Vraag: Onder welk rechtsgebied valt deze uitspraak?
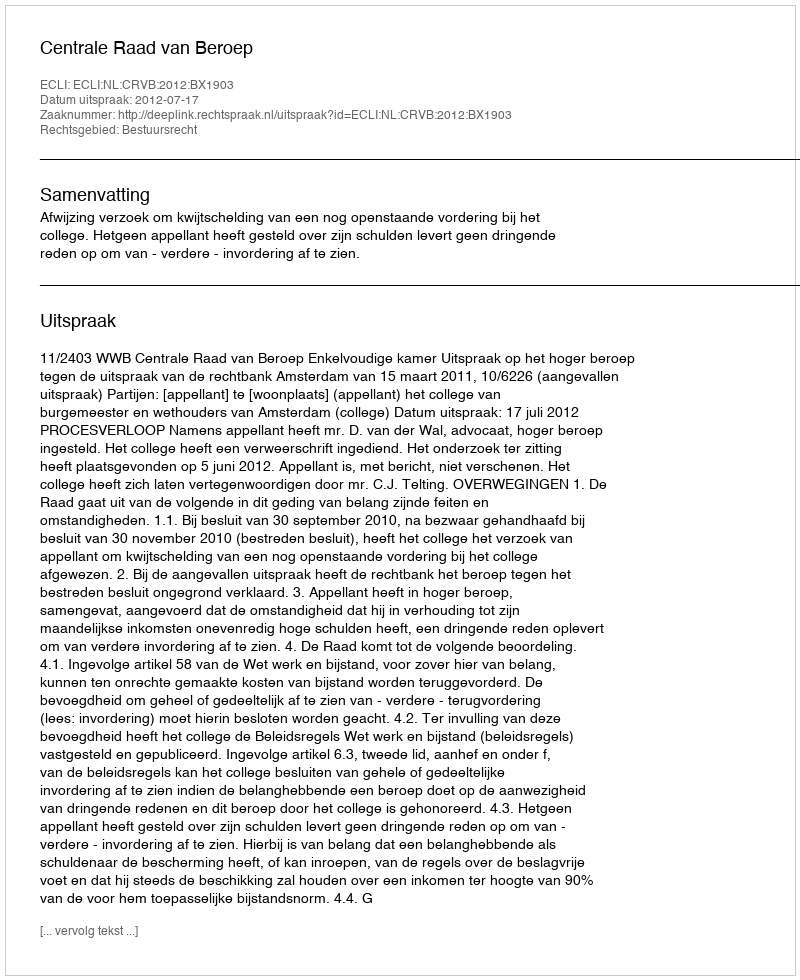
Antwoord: Bestuursrecht